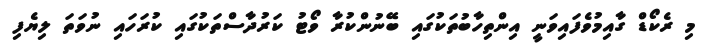
މި ރެކޯޑް ގާއިމުވެފައިވަނީ އިންތިހާބުތަކުގައި ބޭނުންކުރާ ވޯޓު ކަރުދާސްތަކުގައި ކުރަހައި ނުވަތަ ލިޔެފި